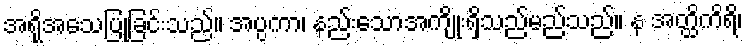
အရိုအသေပြုခြင်းသည်။ အပ္ပကာ၊ နည်းသောအကျိုးရှိသည်မည်သည်။ န အတ္ထိကိရိ၊